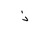
Letter: _thal